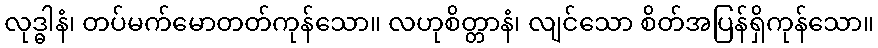
လုဒ္ဓါနံ၊ တပ်မက်မောတတ်ကုန်သော။ လဟုစိတ္တာနံ၊ လျင်သော စိတ်အပြန်ရှိကုန်သော။